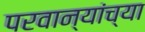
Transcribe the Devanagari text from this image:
परवान्यांच्या